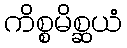
ကိစ္စမိစ္ဆယံ